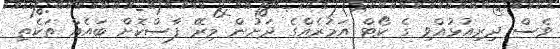
ވެސް ދިރިއުޅުއްވި ގެ ކޯޓް އަމުރެއްގެ ދަށުން މިރޭ ފާސްކޮށް ބައެއް ތަކެތި